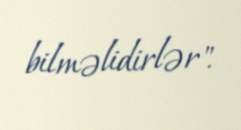
bilməlidirlər".